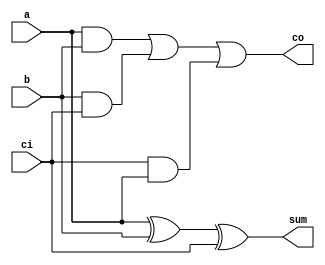
`timescale 1ns / 1ps
//////////////////////////////////////////////////////////////////////////////////
// Company: 
// Engineer: 
// 
// Design Name: 
// Module Name: fusion_unit
// Project Name: 
// Target Devices: 
// Tool Versions: 
// Description: 
// 
// Dependencies: 
// 
// Revision:
// Revision 0.01 - File Created
// Additional Comments:
// 
//////////////////////////////////////////////////////////////////////////////////

//***** Define Full-Adders and Half-Adders *****//
module full_adder(input a, input b, input ci, output sum, output co);
    assign sum = a ^ b ^ ci;
    assign co = (a & b) | (b & ci) | (ci & a);
endmodule

module half_adder(input a, input b, output sum, output co);
    assign sum = a ^ b;
    assign co = a & b;
endmodule

//***** Simplified BitBrick (sBB) Unit or 3x3 Baugh-Wooley Multiplier *****//
module s_bitbrick(
    input [1:0] x, // 2-bit Inputs
    input [1:0] y,
    input sx, // Control Flag Signals for Signed (1) or Unsigned Input (0)
    input sy,
    output [4:0] p // Reduced product to 5-bits
    );
       
    // Initialize 3-bit Operands (Extend 2-bits Unsigned or create 3-bits Signed)
    wire [2:0] xi, yi;
    assign xi = {sx & x[1] , x};
    assign yi = {sy & y[1] , y};
       
    // Multiplier
    wire [2:0] pp0, pp1, pp2; // PPG
    
    // Partial Product Generation (PPG)
    assign pp0 = {~(xi[2] & yi[0]), (xi[1] & yi[0]), (xi[0] & yi[0])};
    assign pp1 = {~(xi[2] & yi[1]), (xi[1] & yi[1]), (xi[0] & yi[1])};
    assign pp2 = {(xi[2] & yi[2]), ~(xi[1] & yi[2]), ~(xi[0] & yi[2])};    
    
    // Partial Product Reduction (PPR) - Following Actual Implementation 
    assign p[0] = pp0[0];  // p[0]
    
    wire HA_p1_co;
    half_adder HA_p1 (.a(pp0[1]), .b(pp1[0]), .sum(p[1]), .co(HA_p1_co)); // p[1]
    
    wire HA_p2_co, FA_p2_co, HA_p2_in;
    full_adder FA_p2 (.a(pp1[1]), .b(pp2[0]), .ci(HA_p1_co), .sum(HA_p2_in), .co(FA_p2_co));
    half_adder HA_p2 (.a(pp0[2]), .b(HA_p2_in), .sum(p[2]), .co(HA_p2_co)); // p[2]
    
    wire HA_p3_co, FA_p3_co, HA_p3_in;
    full_adder FA_p3b (.a(pp1[2]), .b(pp2[1]), .ci(FA_p2_co), .sum(HA_p3_in), .co(FA_p3_co));
    full_adder FA_p3a (.a(HA_p3_in), .b(HA_p2_co), .ci(1'b1), .sum(p[3]), .co(HA_p3_co)); // p[3] + 1'b1 on nth bit
    
    assign p[4] = (xi[2] ^ yi[2]) & (xi[1] | xi[0]) & (yi[1] | yi[0]); // Simplified expression for p[4]   
endmodule

//***** Nonnegative Activation Simplified BitBrick (nSBB) Unit *****//
module ns_bitbrick(
    input [1:0] x, // 2-bit Inputs
    input [1:0] y,
    // input sx, // Control Flag Signals for Signed (1) or Unsigned Input (0)
    input sy,
    output [3:0] p // Reduced product to 4-bits
    );
       
    // Initialize 3-bit Operands - Optimization Point #1: Reduces one AND gate by assuming signed x
    wire [2:0] xi, yi;
    assign xi = {x[1], x}; // Fixed Signed X, bit extension
    assign yi = {y[1] & sy, y};
       
    // Multiplier
    wire [2:0] pp0, pp1, pp2; // PPG
    
    // Partial Product Generation (PPG)
    assign pp0 = {~(xi[2] & yi[0]), (xi[1] & yi[0]), (xi[0] & yi[0])};
    assign pp1 = {~(xi[2] & yi[1]), (xi[1] & yi[1]), (xi[0] & yi[1])};
    assign pp2 = {(xi[2] & yi[2]), ~(xi[1] & yi[2]), ~(xi[0] & yi[2])};    
    
    // Partial Product Reduction (PPR) - Following Actual Implementation 
    assign p[0] = pp0[0];  // p[0]
    
    wire HA_p1_co;
    half_adder HA_p1 (.a(pp0[1]), .b(pp1[0]), .sum(p[1]), .co(HA_p1_co)); // p[1]
    
    wire HA_p2_co, FA_p2_co, HA_p2_in;
    full_adder FA_p2 (.a(pp1[1]), .b(pp2[0]), .ci(HA_p1_co), .sum(HA_p2_in), .co(FA_p2_co));
    half_adder HA_p2 (.a(pp0[2]), .b(HA_p2_in), .sum(p[2]), .co(HA_p2_co)); // p[2]
    
    wire HA_p3_co, FA_p3_co, HA_p3_in;
    full_adder FA_p3b (.a(pp1[2]), .b(pp2[1]), .ci(FA_p2_co), .sum(HA_p3_in), .co(FA_p3_co));
    full_adder FA_p3a (.a(HA_p3_in), .b(HA_p2_co), .ci(1'b1), .sum(p[3]), .co(HA_p3_co)); // p[3] + 1'b1 on nth bit
    
    // assign p[4] = (xi[2] ^ yi[2]) & (xi[1] | xi[0]) & (yi[1] | yi[0]); // Simplified expression for p[4]     
    // assign p[4] = xi[2] & (yi[1] | yi[0]); // Further Simplified expression for p[4]     
endmodule

//***** 4-bit Version of the Simplified BitBrick (4b-sBB) Unit or 3x3 Baugh-Wooley Multiplier *****//
module fs_bitbrick(
    input [1:0] x, // 2-bit Inputs
    input [1:0] y,
    input sx, // Control Flag Signals for Signed (1) or Unsigned Input (0)
    input sy,
    output [3:0] p // Reduced product to 5-bits
    );
       
    // Initialize 3-bit Operands (Extend 2-bits Unsigned or create 3-bits Signed)
    wire [2:0] xi, yi;
    assign xi = {sx & x[1] , x};
    assign yi = {sy & y[1] , y};
       
    // Multiplier
    wire [2:0] pp0, pp1, pp2; // PPG
    
    // Partial Product Generation (PPG)
    assign pp0 = {~(xi[2] & yi[0]), (xi[1] & yi[0]), (xi[0] & yi[0])};
    assign pp1 = {~(xi[2] & yi[1]), (xi[1] & yi[1]), (xi[0] & yi[1])};
    assign pp2 = {(xi[2] & yi[2]), ~(xi[1] & yi[2]), ~(xi[0] & yi[2])};    
    
    // Partial Product Reduction (PPR) - Following Actual Implementation 
    assign p[0] = pp0[0];  // p[0]
    
    wire HA_p1_co;
    half_adder HA_p1 (.a(pp0[1]), .b(pp1[0]), .sum(p[1]), .co(HA_p1_co)); // p[1]
    
    wire HA_p2_co, FA_p2_co, HA_p2_in;
    full_adder FA_p2 (.a(pp1[1]), .b(pp2[0]), .ci(HA_p1_co), .sum(HA_p2_in), .co(FA_p2_co));
    half_adder HA_p2 (.a(pp0[2]), .b(HA_p2_in), .sum(p[2]), .co(HA_p2_co)); // p[2]
    
    wire HA_p3_co, FA_p3_co, HA_p3_in;
    full_adder FA_p3b (.a(pp1[2]), .b(pp2[1]), .ci(FA_p2_co), .sum(HA_p3_in), .co(FA_p3_co));
    full_adder FA_p3a (.a(HA_p3_in), .b(HA_p2_co), .ci(1'b1), .sum(p[3]), .co(HA_p3_co)); // p[3] + 1'b1 on nth bit
    
    // assign p[4] = (xi[2] ^ yi[2]) & (xi[1] | xi[0]) & (yi[1] | yi[0]); // Simplified expression for p[4]     
endmodule

//***** Signed-Only BitBrick (sSBB) Unit *****//
module ss_bitbrick(
    input [1:0] x, // 2-bit Inputs
    input [1:0] y,
    // input sx, // Control Flag Signals for Signed (1) or Unsigned Input (0)
    // input sy,
    output [3:0] p // Reduced product to 4-bits
    );
       
    // Minterm Format (x[1] & x[0] & y[1] & y[0]) 
    assign p[0] = x[0] & y[0];
    assign p[3] = (x[1] & (~y[1]) & y[0]) | (~x[1] & x[0] & y[1]);
    assign p[2] = (x[1] & (~x[0]) & y[1] & (~y[0])) | p[3];
    assign p[1] = p[3] | (x[1] & (~x[0]) & y[0]) | (x[0] & y[1] & (~y[0]));
endmodule

//** Controller Module to handle the Sign Bits of each BitBrick (BB) based on the chosen precision mode **//
module signbit_ctrl (
    // input sx, input sy,
    input [3:0] mode,
    output reg [4:1] hh_sx, output reg [4:1] hl_sx, output reg [4:1] lh_sx, output reg [4:1] ll_sx,
    output reg [4:1] hh_sy, output reg [4:1] hl_sy, output reg [4:1] lh_sy, output reg [4:1] ll_sy    
    );
    
    //** Configuration/Mode Parameters **//    
    localparam _2bx2b = 4'd0; 
    localparam _4bx4b = 4'd1; 
    localparam _8bx8b = 4'd2;                   

    // Assign BitBricks that are always connected to the signed/unsigned control signals (Default: 8bx8b Mode)
    // always@(*) begin
    //     // {hh_sx[2:1], hl_sx[2:1]} = {4{sx}};
    //     // {hh_sy[1], hh_sy[3], lh_sy[1], lh_sy[3]} = {4{sy}};
    //     {hh_sx[2:1], hl_sx[2:1]} = 4'b1111;
    //     {hh_sy[1], hh_sy[3], lh_sy[1], lh_sy[3]} = 4'b1111;        
    // end

    //** Control Signal for Input Activations (sx) **//
    // Optimization Point #1: Fix as Signed-Input Modes to 1'b1 instead of depending on sx and sy
    always@(*) begin
        case(mode)
            _2bx2b: begin
                // {hh_sx[4:3], hl_sx[4:3]} = {4{sx}};
                // {lh_sx[4:1], ll_sx[4:1]} = {8{sx}};
                {hh_sx[4:3], hl_sx[4:3]} = {4{1'b1}};
                {lh_sx[4:1], ll_sx[4:1]} = {8{1'b1}};        

                {hh_sx[2:1], hl_sx[2:1]} = 4'b1111;
            end

            _4bx4b: begin
                // {hh_sx[4:3], hl_sx[4:3]} = {4{sx}};
                {hh_sx[4:3], hl_sx[4:3]} = {4{1'b1}};                
                {lh_sx[4:1], ll_sx[4:1]} = 8'b0;

                {hh_sx[2:1], hl_sx[2:1]} = 4'b1111;
            end

            default: begin
                {hh_sx[4:3], hl_sx[4:3]} = 4'b0;
                {lh_sx[4:1], ll_sx[4:1]} = 8'b0;

                {hh_sx[2:1], hl_sx[2:1]} = 4'b1111;
            end
        endcase
    end

    //** Control Signal for Input Weights (sy) **//
    always@(*) begin
        case(mode)
            _2bx2b: begin
                // {hh_sy[2], hh_sy[4]} = {2{sy}};
                // hl_sy[4:1] = {4{sy}};
                // {lh_sy[2], lh_sy[4]} = {2{sy}};
                // ll_sy[4:1] = {4{sy}};               
                {hh_sy[2], hh_sy[4]} = {2{1'b1}};
                hl_sy[4:1] = {4{1'b1}};
                {lh_sy[2], lh_sy[4]} = {2{1'b1}};
                ll_sy[4:1] = {4{1'b1}};       

                {hh_sy[1], hh_sy[3], lh_sy[1], lh_sy[3]} = 4'b1111;             
            end

            _4bx4b: begin
                // {hh_sy[2], hh_sy[4]} = {2{sy}};
                // hl_sy[4:1] = 4'b0;
                // {lh_sy[2], lh_sy[4]} = {2{sy}};
                // ll_sy[4:1] = 4'b0;                
                {hh_sy[2], hh_sy[4]} = {2{1'b1}};
                hl_sy[4:1] = 4'b0;
                {lh_sy[2], lh_sy[4]} = {2{1'b1}};
                ll_sy[4:1] = 4'b0;                  

                {hh_sy[1], hh_sy[3], lh_sy[1], lh_sy[3]} = 4'b1111;                             
            end

            default: begin
                {hh_sy[2], hh_sy[4]} = 2'b0;
                hl_sy[4:1] = 4'b0;
                {lh_sy[2], lh_sy[4]} = 2'b0;
                ll_sy[4:1] = 4'b0;                

                {hh_sy[1], hh_sy[3], lh_sy[1], lh_sy[3]} = 4'b1111;             
            end
        endcase
    end

endmodule

//***** Top-Level Recursive Fusion Unit *****//
module proposed (
    input [7:0] x,
    input [7:0] y,
    // input sx,
    // input sy,
    input [3:0] mode,
    input clk,
    input en,
    input nrst,

    // output reg [63:0] product, // Sum Apart (SA) 2-level
    // output reg [127:0] sum // Sum Apart (SA) 2-level

    output reg [31:0] product, // Sum Apart (SA) 1-level
    output reg [47:0] sum // Sum Apart (SA) 1-level   

    // output reg [15:0] product, // Sum Together (ST)
    // output reg [19:0] sum // Sum Together (ST)
    );

    //** Configuration/Mode Parameters **//    
    localparam _2bx2b = 4'd0; 
    localparam _4bx4b = 4'd1; 
    localparam _8bx8b = 4'd2;                   

    //** Data Gating the LSBs for 2bx2b Mode 1-Level MAC Operation or Gating the 4bx4b Mode**//
    reg [7:0] gated_x, gated_y;
    always@(*) begin
        case(mode)
            _2bx2b: begin
                // Gate the lower 2-bits of each 4-bit input
                gated_x = x & 8'b1100_1100;
                gated_y = y & 8'b1100_1100;
            end
            default: begin
                gated_x = x;
                gated_y = y;
            end
        endcase
    end                                 

    //** Decomposition of 8bx8b input into four 4bx4b inputs or into 2bx2b inputs **//
    wire [3:0] xh, xl, yh, yl;
    assign xh = gated_x[7:4]; assign xl = gated_x[3:0];
    assign yh = gated_y[7:4]; assign yl = gated_y[3:0];   

    // Instantiate four bitbricks (BB) inside the fusion unit (FU) to handle 4b x 4b Multiplication 
    // Create 4 blocks of 4b x 4b BB to handle 8b x 8b
    // Notation: bb_xy_z where x and y represent positions of either high or low half and z as the block number
    // M = N = 8, n = m = 4

    // Control Signals (sx, sy, mode) Logic:
    // * By default, sx and sy are mapped to the 8bx8b datapath. For lower-precision modes, such as 4bx4b, the signed/unsigned
    //   signals are only used on the BitBricks that contain the MSB of the input operands.
    // * Otherwise, it checks on the respective BitBricks for the current mode (==) AND the current sign-bit (sx,sy)

    // Instantiate controller:
    wire [4:1] hh_sx, hl_sx, lh_sx, ll_sx, hh_sy, hl_sy, lh_sy, ll_sy;
    signbit_ctrl sign_ctrl( //.sx(sx), .sy(sy), 
                           .mode(mode), 
                           .hh_sx(hh_sx), .hl_sx(hl_sx), .lh_sx(lh_sx), .ll_sx(ll_sx), 
                           .hh_sy(hh_sy), .hl_sy(hl_sy), .lh_sy(lh_sy), .ll_sy(ll_sy));

    // eg. sx on the BitBrick with all MSBs in the 8bx8b datapath would not be triggered as signed input unless
    //     the current mode is 2bx2b and sx = 1 which implies that all the 2-bit inputs across all (16) BitBricks
    //     will be processed as signed inputs.
    
    //****************** Block 1 = High-High, x[7:4] * y[7:4] ******************//
    wire [3:0] pp_hh_1, pp_hl_1, pp_lh_1, pp_ll_1;
    // Optimization Point: Always Signed X and Y, use nSBB to save an AND gate   
    // ns_bitbrick bb_hh_1(.x(xh[3:2]), .y(yh[3:2]), .p(pp_hh_1), .sy(hh_sy[1]));
    ss_bitbrick bb_hh_1(.x(xh[3:2]), .y(yh[3:2]), .p(pp_hh_1));

    // Optimization Point: Always Signed X, use nSBB to save an AND gate   
    ns_bitbrick bb_hl_1(.x(xh[3:2]), .y(yh[1:0]), .p(pp_hl_1), .sy(hl_sy[1]));

    // Optimization Point: Always Signed Y, use nSBB to save an AND gate   
    ns_bitbrick bb_lh_1(.y(xh[1:0]), .x(yh[3:2]), .p(pp_lh_1), .sy(lh_sx[1]));    

    // Optimization Point: Lower Multiplication Product can be represented with 4-bits
    fs_bitbrick bb_ll_1(.x(xh[1:0]), .y(yh[1:0]), .p(pp_ll_1), .sx(ll_sx[1]), .sy(ll_sy[1]));    
    
    wire [7:0] pp_hh;
    // assign pp_hh = (pp_ll_1 + {pp_hl_1, 2'b0} + {pp_lh_1, 2'b0} + {pp_hh_1, 4'b0});
    // assign pp_hh = {pp_hh_1, pp_ll_1[3:0]} + {(pp_hl_1 + pp_lh_1), 2'b00}; // Merge + Add-Shift    
    // assign pp_hh = {pp_hh_1, pp_ll_1[3:0]} + {({pp_hl_1[4], pp_hl_1} + {pp_lh_1[4], pp_lh_1}), 2'b00}; // Merge + Add-Shift w/ Sign Bit Extension   
    assign pp_hh = {{pp_hh_1[3], pp_hh_1}, pp_ll_1} + {({{2{pp_hl_1[3]}}, pp_hl_1} + {{2{pp_lh_1[3]}}, pp_lh_1}), 2'b00}; // Merge + Add-Shift w/ Sign Bit Extension   

    //******************  Block 2 = High-Low, x[7:4] * y[3:0] ******************//
    wire [3:0] pp_hh_2, pp_hl_2, pp_ll_2;
    wire [4:0] pp_lh_2;
    // Optimization Point: Always Signed X, use nSBB to save an AND gate       
    ns_bitbrick bb_hh_2(.x(xh[3:2]), .y(yl[3:2]), .p(pp_hh_2), .sy(hh_sy[2]));    
    ns_bitbrick bb_hl_2(.x(xh[3:2]), .y(yl[1:0]), .p(pp_hl_2), .sy(hl_sy[2]));

    s_bitbrick bb_lh_2(.x(xh[1:0]), .y(yl[3:2]), .p(pp_lh_2), .sx(lh_sx[2]), .sy(lh_sy[2]));    

    // Optimization Point: Lower Multiplication Product can be represented with 4-bits
    fs_bitbrick bb_ll_2(.x(xh[1:0]), .y(yl[1:0]), .p(pp_ll_2), .sx(ll_sx[2]), .sy(ll_sy[2]));    
    
    wire [7:0] pp_hl;
    // assign pp_hl = (pp_ll_2 + {pp_hl_2, 2'b0} + {pp_lh_2, 2'b0} + {pp_hh_2, 4'b0});
    // assign pp_hl = {pp_hh_2, pp_ll_2[3:0]} + {(pp_hl_2 + pp_lh_2), 2'b00}; // Merge + Add-Shift  
    // assign pp_hl = {pp_hh_2, pp_ll_2[3:0]} + {({pp_hl_2[4], pp_hl_2} + {pp_lh_2[4], pp_lh_2}), 2'b00}; // Merge + Add-Shift w/ Sign Bit Extension   
    assign pp_hl = {{pp_hh_2[3], pp_hh_2}, pp_ll_2} + {({{2{pp_hl_2[3]}}, pp_hl_2} + {pp_lh_2[4], pp_lh_2}), 2'b00}; // Merge + Add-Shift w/ Sign Bit Extension   

    //******************  Block 3 = Low-High, x[3:0] * y[7:4] ******************//
    wire [3:0] pp_hh_3, pp_lh_3, pp_ll_3;
    wire [4:0] pp_hl_3;
    // Optimization Point: Always Signed Y, use nSBB to save an AND gate   
    // s_bitbrick bb_hh_3(.x(xl[3:2]), .y(yh[3:2]), .p(pp_hh_3), .sx(hh_sx[3]), .sy(hh_sy[3]));   
    ns_bitbrick bb_hh_3(.y(xl[3:2]), .x(yh[3:2]), .p(pp_hh_3), .sy(hh_sx[3]));   

    s_bitbrick bb_hl_3(.x(xl[3:2]), .y(yh[1:0]), .p(pp_hl_3), .sx(hl_sx[3]), .sy(hl_sy[3]));    
    
    // Optimization Point: Always Signed Y, use nSBB to save an AND gate       
    ns_bitbrick bb_lh_3(.y(xl[1:0]), .x(yh[3:2]), .p(pp_lh_3), .sy(lh_sx[3]));    

    // Optimization Point: Lower Multiplication Product can be represented with 4-bits
    fs_bitbrick bb_ll_3(.x(xl[1:0]), .y(yh[1:0]), .p(pp_ll_3), .sx(ll_sx[3]), .sy(ll_sy[3]));    
    
    wire [7:0] pp_lh;
    // assign pp_lh = (pp_ll_3 + {pp_hl_3, 2'b0} + {pp_lh_3, 2'b0} + {pp_hh_3, 4'b0});  
    // assign pp_lh = {pp_hh_3, pp_ll_3[3:0]} + {(pp_hl_3 + pp_lh_3), 2'b00}; // Merge + Add-Shift   
    // assign pp_lh = {pp_hh_3, pp_ll_3[3:0]} + {({pp_hl_3[4], pp_hl_3} + {pp_lh_3[4], pp_lh_3}), 2'b00}; // Merge + Add-Shift w/ Sign Bit Extension   
    assign pp_lh = {{pp_hh_3[3], pp_hh_3}, pp_ll_3} + {({pp_hl_3[4], pp_hl_3} + {{2{pp_lh_3[3]}}, pp_lh_3}), 2'b00}; // Merge + Add-Shift w/ Sign Bit Extension   

    //******************  Block 4 = Low-Low, x[3:0] * y[3:0] ******************//
    wire [4:0] pp_hh_4, pp_hl_4, pp_lh_4;
    wire [3:0] pp_ll_4;
    s_bitbrick bb_hh_4(.x(xl[3:2]), .y(yl[3:2]), .p(pp_hh_4), .sx(hh_sx[4]), .sy(hh_sy[4]));    
    s_bitbrick bb_hl_4(.x(xl[3:2]), .y(yl[1:0]), .p(pp_hl_4), .sx(hl_sx[4]), .sy(hl_sy[4]));    
    s_bitbrick bb_lh_4(.x(xl[1:0]), .y(yl[3:2]), .p(pp_lh_4), .sx(lh_sx[4]), .sy(lh_sy[4]));    

    // Optimization Point: Lower Multiplication Product can be represented with 4-bits
    fs_bitbrick bb_ll_4(.x(xl[1:0]), .y(yl[1:0]), .p(pp_ll_4), .sx(ll_sx[4]), .sy(ll_sy[4]));    
    
    wire [7:0] pp_ll;
    // assign pp_ll = (pp_ll_4 + {pp_hl_4, 2'b0} + {pp_lh_4, 2'b0} + {pp_hh_4, 4'b0});    
    // assign pp_ll = {pp_hh_4, pp_ll_4[3:0]} + {(pp_hl_4 + pp_lh_4), 2'b00}; // Merge + Add-Shift    
    // assign pp_ll = {pp_hh_4, pp_ll_4[3:0]} + {({pp_hl_4[4], pp_hl_4} + {pp_lh_4[4], pp_lh_4}), 2'b00}; // Merge + Add-Shift w/ Sign Bit Extension
    assign pp_ll = {pp_hh_4, pp_ll_4} + {({pp_hl_4[4], pp_hl_4} + {pp_lh_4[4], pp_lh_4}), 2'b00}; // Merge + Add-Shift w/ Sign Bit Extension

    //** Output Product Mapping based on chosen mode **//

    //--------------- Sum Apart Logic (SA) ---------------//
    always@(*) begin
        case(mode)
           _8bx8b: begin
               // Sign-Bit Extension to 16-bits for BB Cluster 8-bit Products
            //    product[15:0] = {pp_hh, pp_ll} + {{{4{(pp_lh[7] & sy)}}, pp_lh} + {{4{(pp_hl[7] & sx)}}, pp_hl}, 4'b0}; // Recursive implementation of MFU on 8bx8b Datapath
               // product[15:0] = {{8{1'b0}}, pp_ll} + {{4{(pp_lh[7] & sy)}}, pp_lh, 4'b0} + {{4{(pp_hl[7] & sx)}}, pp_hl, 4'b0} + {pp_hh, 8'b0};        

                // Optimization Point #2: Reduce Sign-Bit Logic and Always Extend Sign-Bit
                // product[15:0] = {pp_hh, pp_ll} + {{{4{(pp_lh[7])}}, pp_lh} + {{4{(pp_hl[7])}}, pp_hl}, 4'b0}; // Recursive implementation of MFU on 8bx8b Datapath
                product[31:16] = {pp_hh, pp_ll} + {{{4{(pp_lh[7])}}, pp_lh} + {{4{(pp_hl[7])}}, pp_hl}, 4'b0}; // Recursive implementation of MFU on 8bx8b Datapath
                product[15:0] = 0;           
           end
            
            _4bx4b: begin
                // Must map 4x8b BitBrick products to 64-bit output product register
                // product[31:0] = {pp_hh, pp_hl, pp_lh, pp_ll};         
                // product[63:32] = 0; 
                // product[63:32] = {pp_hh, pp_hl, pp_lh, pp_ll};         
                // product[31:0] = 0;                 
                product[31:0] = {pp_hh, pp_hl, pp_lh, pp_ll};         
            end
            
            _2bx2b: begin
                // Must map 4x4b BitBrick products to 64-bit output product register
                // product = {pp_hh_1[3:0], pp_hl_1[3:0], pp_lh_1[3:0], pp_ll_1[3:0], 
                //            pp_hh_2[3:0], pp_hl_2[3:0], pp_lh_2[3:0], pp_ll_2[3:0], 
                //            pp_hh_3[3:0], pp_hl_3[3:0], pp_lh_3[3:0], pp_ll_3[3:0], 
                //            pp_hh_4[3:0], pp_hl_4[3:0], pp_lh_4[3:0], pp_ll_4[3:0]};
                product[31:16] = {pp_hh_1[3:0], pp_hh_2[3:0], pp_hh_3[3:0], pp_hh_4[3:0]};
                product[15:0] = 0;           
            end

            default: product = 0;
        endcase
    end 

    //--------------- Sum Together Logic (ST) ---------------//
    // always@(*) begin
    //     case(mode)
    //         _8bx8b: begin
    //             // Sign-Bit Extension to 16-bits for BB Cluster 8-bit Products
    //             product[15:0] = {pp_hh, pp_ll} + {{{4{(pp_lh[7] & sy)}}, pp_lh} + {{4{(pp_hl[7] & sx)}}, pp_hl}, 4'b0}; // Recursive implementation of MFU on 8bx8b Datapath
    //             // product[15:0] = {{8{1'b0}}, pp_ll} + {{4{(pp_lh[7] & sy)}}, pp_lh, 4'b0} + {{4{(pp_hl[7] & sx)}}, pp_hl, 4'b0} + {pp_hh, 8'b0};            
    //         end

    //         _4bx4b: begin
    //             // Sign-Bit Extension to 10-bits for BB Cluster 8-bit Products
    //             product[9:0] = ({{2{pp_hh[7]}}, pp_hh} + {{2{pp_hl[7]}}, pp_hl} + {{2{pp_lh[7]}}, pp_lh} + {{2{pp_ll[7]}}, pp_ll});
    //             product[15:10] = 0;
    //         end

    //         _2bx2b: begin
    //             // Sign-Bit Extension to 8-bits for 6-bit BB Products
    //             product[7:0] = {{3{pp_hh_1[4]}}, pp_hh_1} + {{3{pp_hl_1[4]}}, pp_hl_1} + {{3{pp_lh_1[4]}}, pp_lh_1} + {{3{pp_ll_1[4]}}, pp_ll_1} +
    //                            {{3{pp_hh_2[4]}}, pp_hh_2} + {{3{pp_hl_2[4]}}, pp_hl_2} + {{3{pp_lh_2[4]}}, pp_lh_2} + {{3{pp_ll_2[4]}}, pp_ll_2} +
    //                            {{3{pp_hh_3[4]}}, pp_hh_3} + {{3{pp_hl_3[4]}}, pp_hl_3} + {{3{pp_lh_3[4]}}, pp_lh_3} + {{3{pp_ll_3[4]}}, pp_ll_3} +
    //                            {{3{pp_hh_4[4]}}, pp_hh_4} + {{3{pp_hl_4[4]}}, pp_hl_4} + {{3{pp_lh_4[4]}}, pp_lh_4} + {{3{pp_ll_4[4]}}, pp_ll_4};
    //             product[15:8] = 0;
    //         end

    //         default: product = 0;
    //     endcase
    // end

    //** Output Accumulator Mapping based on chosen mode **//

    // Create buffer to check when precision mode changes for resetting sum/accumulator
    reg [3:0] mode_buffer; 
    always@(posedge clk) begin
        if(!nrst) begin
            mode_buffer <= 4'd15;
        end else begin
            mode_buffer <= mode; 
        end
    end

    //--------------- Sum Apart Logic (SA) ---------------//
    always@(posedge clk) begin
        if (!nrst) begin
            sum <= 0;
        end else begin
            // Empty the sum when switching modes
            if (mode != mode_buffer) begin 
                // Check if the MAC Engine is in idle and the precision mode changes
                sum <= 0;
            end else begin
                // Otherwise, proceed with scaled accumulate operation if enabled
                if(en) begin
                    case(mode)
                        _8bx8b: begin
                            // Extend sign bit of 16-bit product in 8bx8b mode then accumulated to fit 20-bit sum when adding
                            // sum[19:0] <= (sum[19:0] + {{4{product[15]}}, product[15:0]});                    
                            // sum[127:20] <= 0;
                            // sum[127:108] <= (sum[127:108] + {{4{product[15]}}, product[15:0]});                    
                            // sum[107:0] <= 0;                            
                            sum[47:28] <= (sum[47:28] + {{4{product[31]}}, product[31:16]});                    
                            sum[27:0] <= 0;                            
                        end

                        _4bx4b: begin
                            // Map the 32-bit product register (4x8b products) to fit 4x12b = 48-bit sum w/ sign extend to 12b
                            // sum[11:0] <= (sum[11:0] + {{4{product[7]}}, product[7:0]});
                            // sum[23:12] <= (sum[23:12] + {{4{product[15]}}, product[15:8]});
                            // sum[35:24] <= (sum[35:24] + {{4{product[23]}}, product[23:16]});
                            // sum[47:36] <= (sum[47:36] + {{4{product[31]}}, product[31:24]});
                            // sum[127:48] <= 0;
                            sum[11:0] <= (sum[11:0] + {{4{product[7]}}, product[7:0]});
                            sum[23:12] <= (sum[23:12] + {{4{product[15]}}, product[15:8]});
                            sum[35:24] <= (sum[35:24] + {{4{product[23]}}, product[23:16]});
                            sum[47:36] <= (sum[47:36] + {{4{product[31]}}, product[31:24]});
                        end

                        _2bx2b: begin
                            // // Map the 64-bit product register (16x4b products) to fit 16x8b = 128-bit sum w/ sign extend to 8b
                            // sum[7:0] <= (sum[7:0] + {{4{product[3]}}, product[3:0]});
                            // sum[15:8] <= (sum[15:8] + {{4{product[7]}}, product[7:4]});
                            // sum[23:16] <= (sum[23:16] + {{4{product[11]}}, product[11:8]});
                            // sum[31:24] <= (sum[31:24] + {{4{product[15]}}, product[15:12]});
                            // sum[39:32] <= (sum[39:32] + {{4{product[19]}}, product[19:16]});
                            // sum[47:40] <= (sum[47:40] + {{4{product[23]}}, product[23:20]});
                            // sum[55:48] <= (sum[55:48] + {{4{product[27]}}, product[27:24]});
                            // sum[63:56] <= (sum[63:56] + {{4{product[31]}}, product[31:28]});
                            // sum[71:64] <= (sum[71:64] + {{4{product[35]}}, product[35:32]}); //
                            // sum[79:72] <= (sum[79:72] + {{4{product[39]}}, product[39:36]});
                            // sum[87:80] <= (sum[87:80] + {{4{product[43]}}, product[43:40]}); //
                            // sum[95:88] <= (sum[95:88] + {{4{product[47]}}, product[47:44]}); //
                            // sum[103:96] <= (sum[103:96] + {{4{product[51]}}, product[51:48]});
                            // sum[111:104] <= (sum[111:104] + {{4{product[55]}}, product[55:52]});
                            // sum[119:112] <= (sum[119:112] + {{4{product[59]}}, product[59:56]}); //
                            // sum[127:120] <= (sum[127:120] + {{4{product[63]}}, product[63:60]}); // 

                            // Map the 32-bit product register (4x4b products) to fit 4x8b = 32-bit sum w/ sign extend to 8b
                            sum[15:0] <= 0;
                            sum[23:16] <= (sum[23:16] + {{4{product[19]}}, product[19:16]});
                            sum[31:24] <= (sum[31:24] + {{4{product[23]}}, product[23:20]});
                            sum[39:32] <= (sum[39:32] + {{4{product[27]}}, product[27:24]});
                            sum[47:40] <= (sum[47:40] + {{4{product[31]}}, product[31:28]});
                        end

                        default: sum <= 0;
                    endcase
                end
            end
        end
    end    

    //--------------- Sum Together Logic (ST) ---------------//
    // always@(posedge clk) begin
    //     if (!nrst) begin
    //         sum <= 0;
    //     end else begin
    //         // Empty the sum when switching modes
    //         if (mode != mode_buffer) begin 
    //             // Check if the MAC Engine is in idle and the precision mode changes
    //             sum <= 0;
    //         end else begin
    //             // Otherwise, proceed with scaled accumulate operation if enabled
    //             if(en) begin
    //                 case(mode)
    //                     _8bx8b: begin
    //                         // Extend sign bit of 16-bit product in 8bx8b mode then accumulated to fit 20-bit sum when adding
    //                         sum[19:0] <= (sum[19:0] + {{4{product[15]}}, product[15:0]});                    
    //                     end

    //                     _4bx4b: begin
    //                         // Extend the sign bit of the 10-bit "product" (and sums) in 4bx4b mode to fit 12-bit sum when adding
    //                         sum[11:0] <= (sum[11:0] + {{2{product[9]}}, product[9:0]});
    //                         sum[19:12] <= 0;
    //                     end

    //                     _2bx2b: begin
    //                         // Extend the sign bit of the 8-bit "product" (and sums) in 2bx2b mode to fit 10-bit sum when adding
    //                         sum[9:0] <= (sum[9:0] + {{2{product[7]}}, product[7:0]});
    //                         sum[19:10] <= 0;
    //                     end                 
 
    //                     default: sum <= 0;
    //                 endcase
    //             end
    //         end
    //     end
    // end    
endmodule